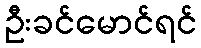
ဦးခင်မောင်ရင်